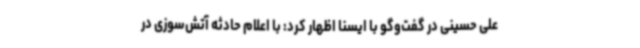
علی حسینی در گفت‌وگو با ایسنا اظهار کرد: با اعلام حادثه آتش‌سوزی در